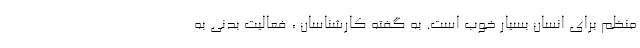
منظم برای انسان بسیار خوب است. به گفته کارشناسان ، فعالیت بدنی به